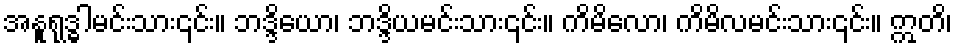
အနူရုဒ္ဓါမင်းသား၎င်း။ ဘဒ္ဒိယော၊ ဘဒ္ဒိယမင်းသား၎င်း။ ကိမိလော၊ ကိမိလမင်းသား၎င်း။ ဣတိ၊